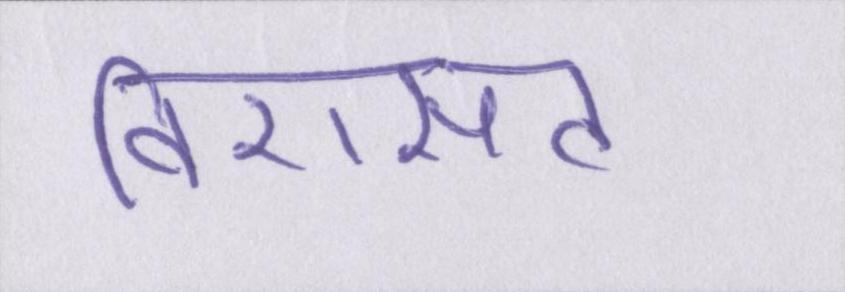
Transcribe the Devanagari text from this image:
विरासत